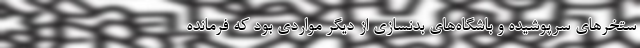
ستخرهای سرپوشیده و باشگاه‌های بدنسازی از دیگر مواردی بود که فرمانده